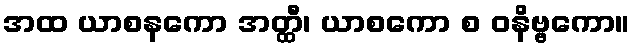
အထ ယာစနကော အတ္ထီ၊ ယာစကော စ ဝနိဗ္ဗကော။